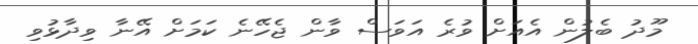
މޫދު ބެލުން އެއަށް ވުރެ އަވަސް ވާން ޖެހޭނެ ކަމަށް އޭނާ ވިދާޅުވި